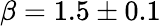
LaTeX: \beta=1.5\pm 0.1